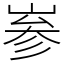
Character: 㟥